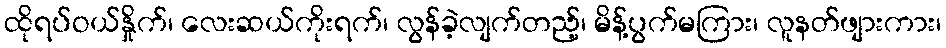
ထိုရပ်ဝယ်နှိုက်၊ လေးဆယ်ကိုးရက်၊ လွန်ခဲ့လျက်တည့်၊ မိန့်ပွက်မကြား၊ လူနတ်ဖျားကား၊